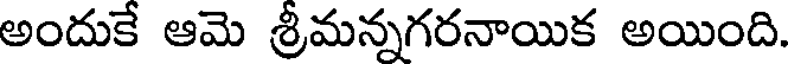
అందుకే ఆమె శ్రీమన్నగరనాయిక అయింది.